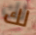
لك